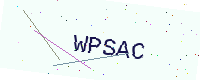
Text: WPSAC